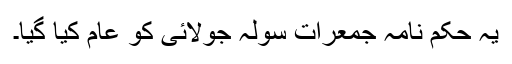
یہ حکم نامہ جمعرات سولہ جولائی کو عام کیا گیا۔